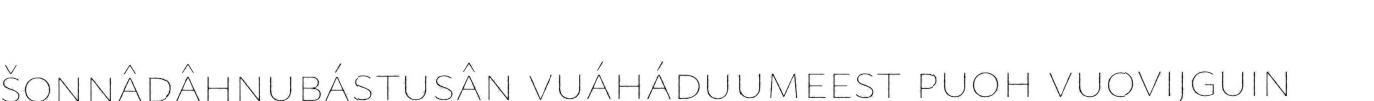
šoŋŋâdâhnubástusân vuáháduumeest puoh vuovijguin